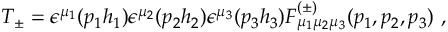
T _ { \pm } = \epsilon ^ { \mu _ { 1 } } ( p _ { 1 } h _ { 1 } ) \epsilon ^ { \mu _ { 2 } } ( p _ { 2 } h _ { 2 } ) \epsilon ^ { \mu _ { 3 } } ( p _ { 3 } h _ { 3 } ) { \cal F } _ { \mu _ { 1 } \mu _ { 2 } \mu _ { 3 } } ^ { ( \pm ) } ( p _ { 1 } , p _ { 2 } , p _ { 3 } ) \ ,